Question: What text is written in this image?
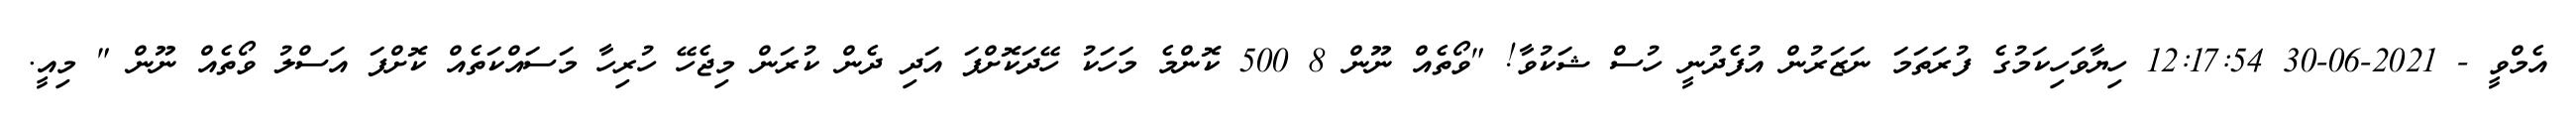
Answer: އެމްވީ - 2021-06-30 12:17:54 ހިޔާވަހިކަމުގެ ފުރަތަމަ ނަޒަރުން އުފެދުނީ ހުސް ޝަކުވާ! "ވޯތެއް ނޫން 8 500 ކޮންމެ މަހަކު ހޭދަކޮށްފަ އަދި ދެން ކުރަން މިޖެހޭ ހުރިހާ މަސައްކަތެއް ކޮށްފަ އަސްލު ވޯތެއް ނޫން " މިއީ.